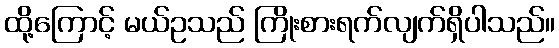
ထို့ကြောင့် မယ်ဥသည် ကြိုးစားရက်လျက်ရှိပါသည်။